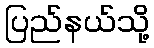
ပြည်နယ်သို့